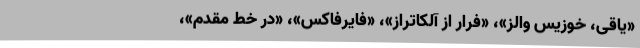
«یاقی، خوزیس والز»، «فرار از آلکاتراز»، «فایرفاکس»، «در خط مقدم»،